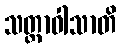
သတ္တာဝါသာတိ